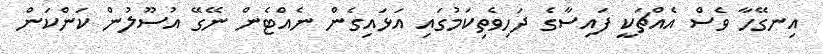
އިނގޭހާ ވެސް އެއްޗަކީ ފައިސާގެ ދަހިވެތިކަމުގައި އަޅައިގެން ނެއްޓެން ނޭގޭ އުސޫލުން ކަންކަން